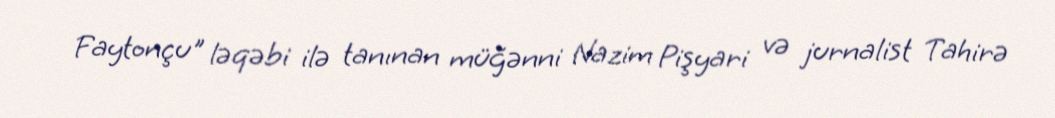
Faytonçu" ləqəbi ilə tanınan müğənni Nazim Pişyari və jurnalist Tahirə